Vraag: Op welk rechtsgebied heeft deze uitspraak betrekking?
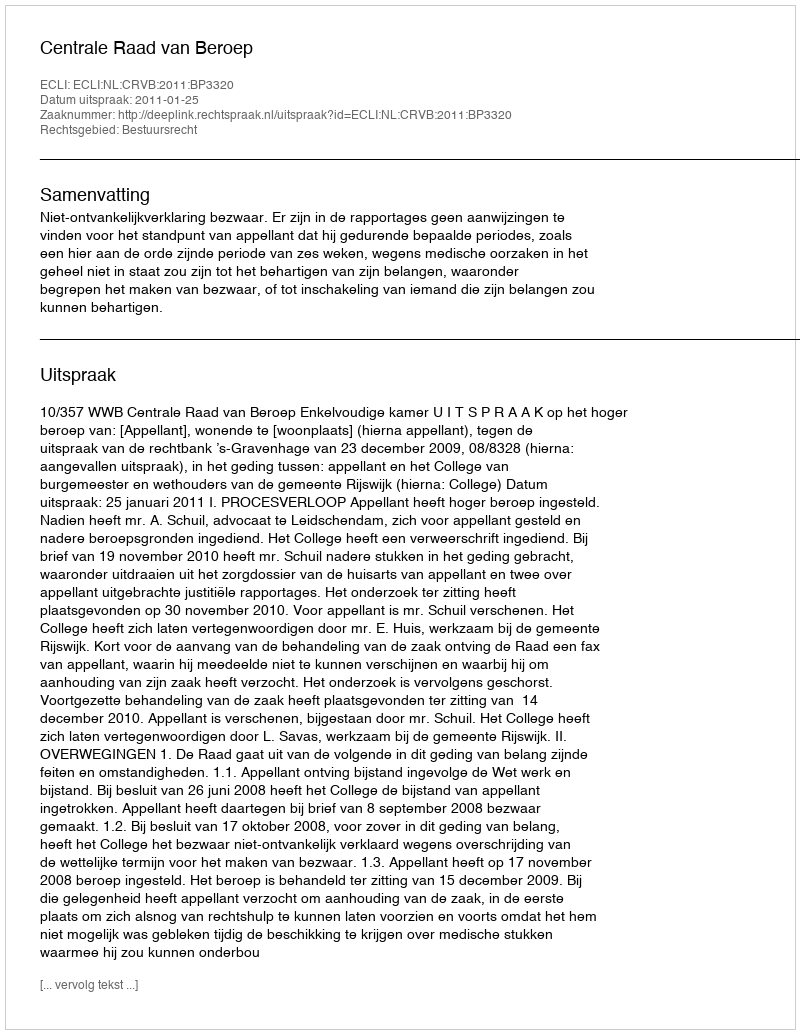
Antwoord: Bestuursrecht